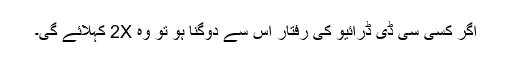
اگر کسی سی ڈی ڈرائیو کی رفتار اس سے دوگنا ہو تو وہ 2X کہلائے گی۔